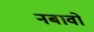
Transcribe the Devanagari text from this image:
नबावों